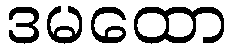
ဒမထော